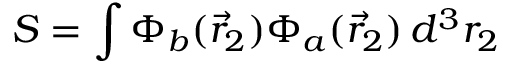
S = \int \Phi _ { b } ( { \vec { r } } _ { 2 } ) \Phi _ { a } ( { \vec { r } } _ { 2 } ) \, d ^ { 3 } r _ { 2 }